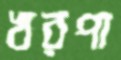
খরপা